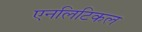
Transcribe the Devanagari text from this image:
एनलिटिकल